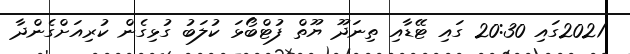
2021ގައި 20:30 ގައި ޓޭޑާއި ތިނަދޫ ޔޫތް ފުޓްބޯޅަ ކުލަބު ގުޅިގެން ކުރިއަށްގެންދާ